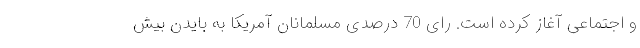
و اجتماعی آغاز کرده است. رای 70 درصدی مسلمانان آمریکا به بایدن بیش